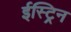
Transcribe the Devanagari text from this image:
ईस्ट्रिन